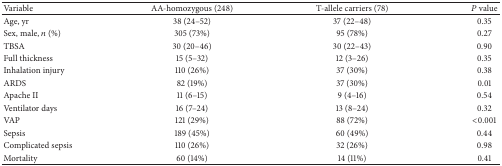
<table><thead><tr><td><b>Variable</b></td><td><b>AA-homozygous (248)</b></td><td><b>T-allele carriers (78)</b></td><td><b><i>P</i> value</b></td></tr></thead><tbody><tr><td>Age, yr</td><td>38 (24–52)</td><td>37 (22–48)</td><td>0.35</td></tr><tr><td>Sex, male, <i>n</i> (%)</td><td>305 (73%)</td><td>95 (78%)</td><td>0.27</td></tr><tr><td>TBSA</td><td>30 (20–46)</td><td>30 (22–43)</td><td>0.90</td></tr><tr><td>Full thickness </td><td>15 (5–32)</td><td>12 (3–26)</td><td>0.35</td></tr><tr><td>Inhalation injury </td><td>110 (26%)</td><td>37 (30%)</td><td>0.38</td></tr><tr><td>ARDS</td><td>82 (19%)</td><td>37 (30%)</td><td>0.01</td></tr><tr><td>Apache II</td><td>11 (6–15)</td><td>9 (4–16)</td><td>0.54</td></tr><tr><td>Ventilator days</td><td>16 (7–24)</td><td>13 (8–24)</td><td>0.32</td></tr><tr><td>VAP</td><td>121 (29%)</td><td>88 (72%)</td><td>&lt;0.001</td></tr><tr><td>Sepsis</td><td>189 (45%)</td><td>60 (49%)</td><td>0.44</td></tr><tr><td>Complicated sepsis</td><td>110 (26%)</td><td>32 (26%)</td><td>0.98</td></tr><tr><td>Mortality</td><td>60 (14%)</td><td>14 (11%)</td><td>0.41</td></tr></tbody></table>